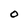
Character: O